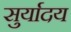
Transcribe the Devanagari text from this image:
सुर्यादय